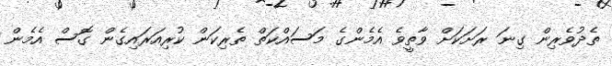
ތެދުވެރިން ގިނަ ރަށަކަށް ވާތީވެ އެމެންގެ މަސައްކަތް ތެރިކަން ކުރިއަރައިގެން ގޮސް އެމެން